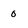
Character: 0